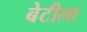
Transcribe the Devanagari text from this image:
बेटीला